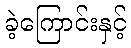
ခဲ့ကြောင်းနှင့်